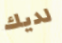
لديك